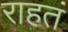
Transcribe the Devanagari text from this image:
राहतं